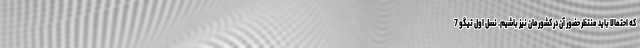
که احتمالا باید منتظر حضور آن در کشورمان نیز باشیم. نسل اول تیگو 7